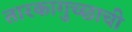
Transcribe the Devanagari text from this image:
तारकागुच्छाची